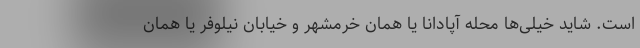
است. شاید خیلی‌ها محله آپادانا یا همان خرمشهر و خیابان نیلوفر یا همان